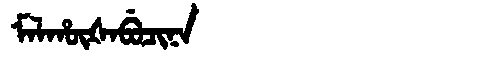
Manchu: ᠮᠠᠯᡥᡡᡧᠠᠪᡠᠴᡳᠨᠠ
Romanization: MALHŪŠABUCINA